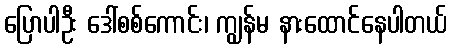
ပြောပါဦး ဒေါ်စစ်ကောင်း၊ ကျွန်မ နားထောင်နေပါတယ်